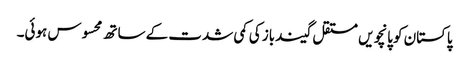
پاکستان کو پانچویں مستقل گیندباز کی کمی شدت کے ساتھ محسوس ہوئی۔